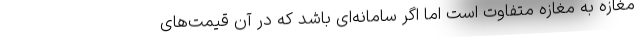
مغازه به مغازه متفاوت است اما اگر سامانه‌ای باشد که در آن قیمت‌های